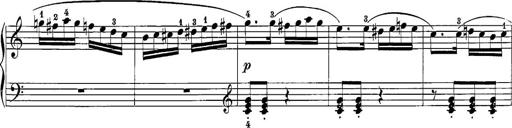
Title: 12 Sonatine per Pianoforte
Composer: Friedrich Kuhlau